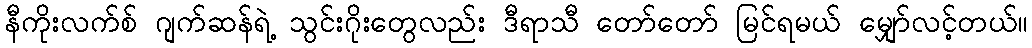
နီကိုးလက်စ် ဂျက်ဆန်ရဲ့ သွင်းဂိုးတွေလည်း ဒီရာသီ တော်တော် မြင်ရမယ် မျှော်လင့်တယ်။